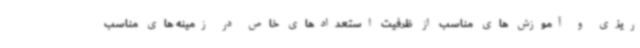
ریزی و آموزش های مناسب از ظرفیت استعدادهای خاص در زمینه های مناسب